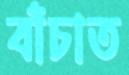
বাঁচাত